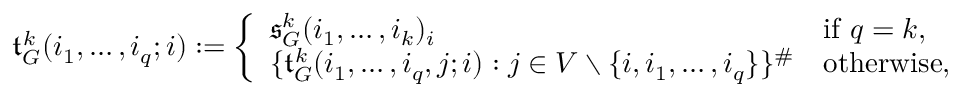
\mathfrak { t } _ { G } ^ { k } ( i _ { 1 } , \dots , i _ { q } ; i ) : = \left\{ \begin{array} { l l } { \mathfrak { s } _ { G } ^ { k } ( i _ { 1 } , \dots , i _ { k } ) _ { i } } & { \mathrm { i f ~ } q = k , } \\ { \{ \mathfrak { t } _ { G } ^ { k } ( i _ { 1 } , \dots , i _ { q } , j ; i ) : j \in V \setminus \{ i , i _ { 1 } , \dots , i _ { q } \} \} ^ { \# } } & { \mathrm { o t h e r w i s e , } } \end{array} \right.